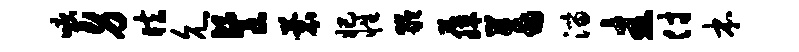
唳身眩允餐蓑妃性龄藤蓄淄圭付本